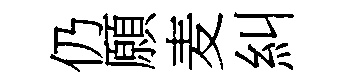
仍願麦糾